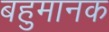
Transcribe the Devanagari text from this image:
बहुमानक